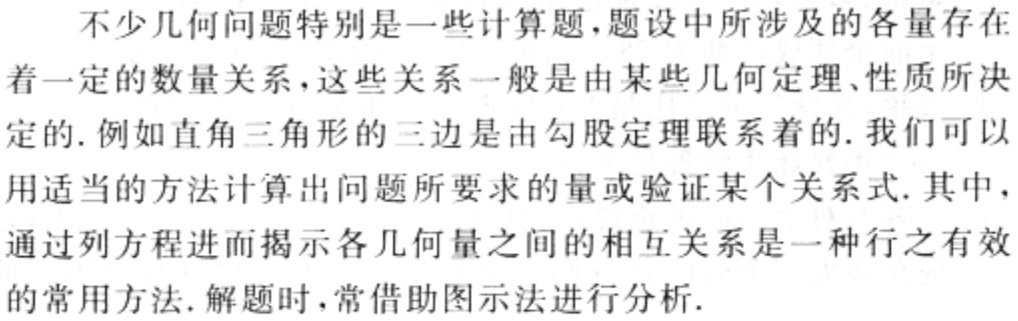
不少几何问题特别是一些计算题，题设中所涉及的各量存在着一定的数量关系，这些关系一般是由某些几何定理、性质所决定的. 例如直角三角形的三边是由勾股定理联系着的. 我们可以用适当的方法计算出问题所要求的量或验证某个关系式. 其中，通过列方程进而揭示各几何量之间的相互关系是一种行之有效的常用方法. 解题时，常借助图示法进行分析.